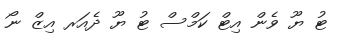
ޓު ޔޫ ވެން އިޓް ކަމްސް ޓު ޔޫ ދެއަރ އިޒް ނޯ